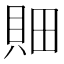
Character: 𰶼